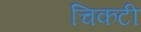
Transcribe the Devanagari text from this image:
चिकटी